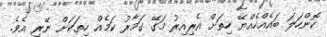
ކޮންހަލަ ބައެއްހެއްޔޭ ހިތަށް އެރިއިރު މަގޭ ގަމާރު ކަމެއް ހިތަކަށް ނޭރި އެވެ.